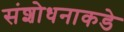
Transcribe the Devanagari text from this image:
संशोधनाकडे